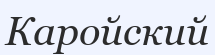
Каройский